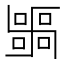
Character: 𭅫